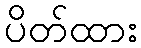
ပိတ်ထား